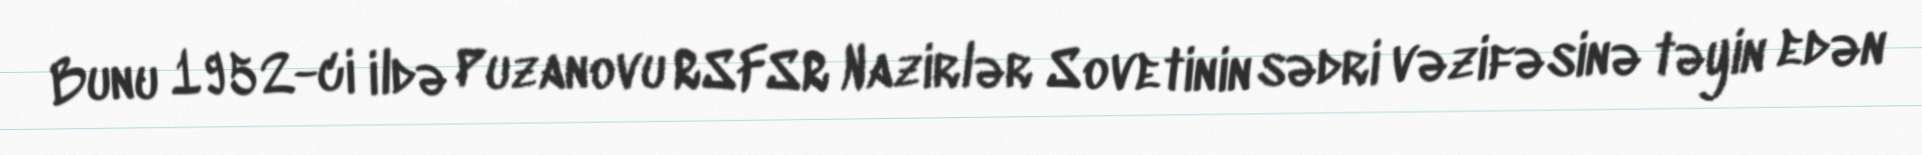
Bunu 1952-ci ildə Puzanovu RSFSR Nazirlər Sovetinin sədri vəzifəsinə təyin edən